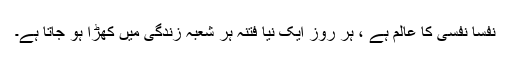
نفسا نفسی کا عالم ہے ، ہر روز ایک نیا فتنہ ہر شعبہ زندگی میں کھڑا ہو جاتا ہے۔